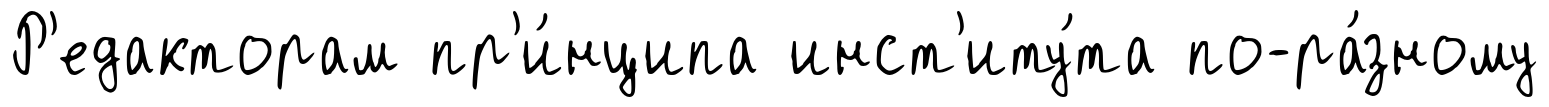
Р'едакторам пр'и́нципа инст'иту́та по-ра́зному